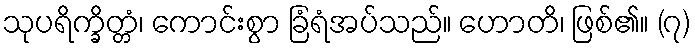
သုပရိက္ခိတ္တံ၊ ကောင်းစွာ ခြံရံအပ်သည်။ ဟောတိ၊ ဖြစ်၏။ (၇)